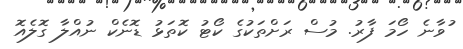
ުވާނެ ހޯމަ ފާރު. މުސް ރަށްތަކުގެ ކޯޓު ކޮތަޅު ޑޮނެކް ނުއްލާ ގޮލެއޮ